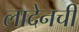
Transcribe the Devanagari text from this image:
लादेनची